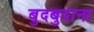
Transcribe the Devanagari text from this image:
बुदबुदाना